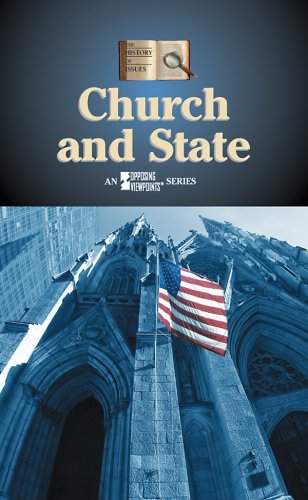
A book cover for Church and State (History of Issues); Robert Winters; Teen & Young Adult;